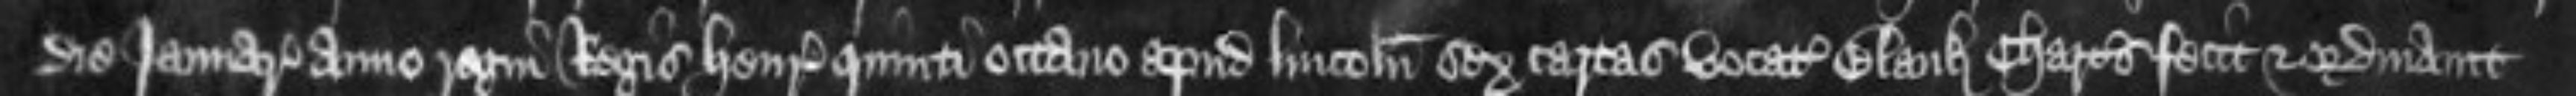
die Januarii anno regni Regis Henrici quinti octavo apud Lincolniam sex cartas vocatas Blank Charters fecit et ordinavit